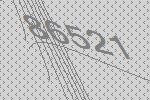
86521